Annual administration report of the Civil Veterinary Department of India - 1893-1894
Year: 1893
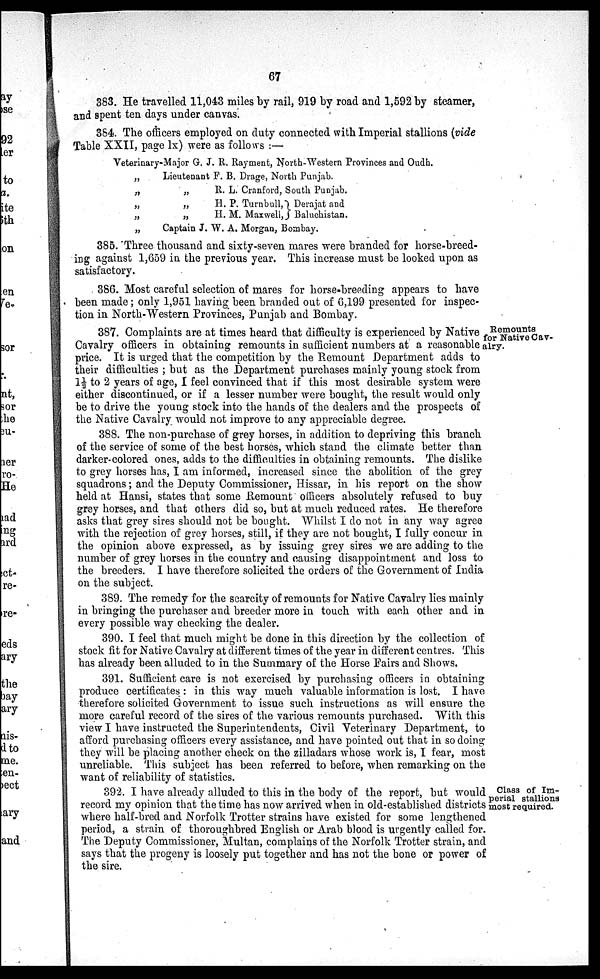
67
383. He travelled 11,043 miles by rail, 919 by road and 1,592 by steamer,
and spent ten days under canvas.
384. The officers employed on duty connected with Imperial stallions (vide
Table XXII, page lx) were as follows:—
Veterinary
„
„
„
„
„
-Major G. J. R. Rayment, North-Western Provinces and Oudh.
Lieutenant F. B. Drage, North Punjab.
„
R. L. Cranford, South Punjab.
„
H. P. Turnbull, Derajat and
„
H. M. Maxwell, J Baluchistan.
Captain J. W. A. Morgan, Bombay.
385. Three thousand and sixty-seven mares were branded for horse-breed-
ing against 1,659 in the previous year. This increase must be looked upon as
satisfactory.
386. Most careful selection of mares for horse-breeding appears to have
been made; only 1,951 having been branded out of 6,199 presented for inspec-
tion in North-Western Provinces, Punjab and Bombay.
Remounts
for Native Cav-
alry.
387. Complaints are at times heard that difficulty is experienced by Native
Cavalry officers in obtaining remounts in sufficient numbers at a reasonable
price. It is urged that the competition by the Remount Department adds to
their difficulties; but as the Department purchases mainly young stock from
1½ to 2 years of age, I feel convinced that if this most desirable system were
either discontinued, or if a lesser number were bought, the result would only
be to drive the young stock into the hands of the dealers and the prospects of
the Native Cavalry would not improve to any appreciable degree.
388. The non-purchase of grey horses, in addition to depriving this branch
of the service of some of the best horses, which stand the climate better than
darker-colored ones, adds to the difficulties in obtaining remounts. The dislike
to grey horses has, I am informed, increased since the abolition of the grey
squadrons; and the Deputy Commissioner, Hissar, in his report on the show
held at Hansi, states that some Remount officers absolutely refused to buy
grey horses, and that others did so, but at much reduced rates. He therefore
asks that grey sires should not be bought. Whilst I do not in any way agree
with the rejection of grey horses, still, if they are not bought, I fully concur in
the opinion above expressed, as by issuing grey sires we are adding to the
number of grey horses in the country and causing disappointment and loss to
the breeders. I have therefore solicited the orders of the Government of India
on the subject.
389. The remedy for the scarcity of remounts for Native Cavalry lies mainly
in bringing the purchaser and breeder more in touch with each other and in
every possible way checking the dealer.
390. I feel that much might be done in this direction by the collection of
stock fit for Native Cavalry at different times of the year in different centres. This
has already been alluded to in the Summary of the Horse Fairs and Shows.
391. Sufficient care is not exercised by purchasing officers in obtaining
produce certificates: in this way much valuable information is lost. I have
therefore solicited Government to issue such instructions as will ensure the
more careful record of the sires of the various remounts purchased. With this
view I have instructed the Superintendents, Civil Veterinary Department, to
afford purchasing officers every assistance, and have pointed out that in so doing
they will be placing another check on the zilladars whose work is, I fear, most
unreliable. This subject has been referred to before, when remarking on the
want of reliability of statistics.
Class of Im-
perial stallions
most required.
392. I have already alluded to this in the body of the report, but would
record my opinion that the time has now arrived when in old-established districts
where half-bred and Norfolk Trotter strains have existed for some lengthened
period, a strain of thoroughbred English or Arab blood is urgently called for.
The Deputy Commissioner, Multan, complains of the Norfolk Trotter strain, and
says that the progeny is loosely put together and has not the bone or power of
the sire.